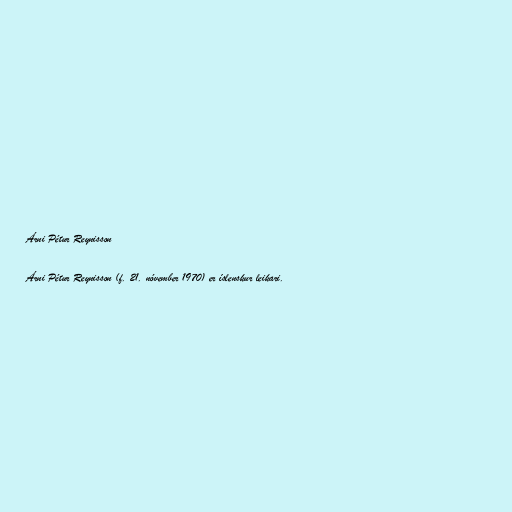
Árni Pétur Reynisson

Árni Pétur Reynisson (f. 21. nóvember 1970) er íslenskur leikari.